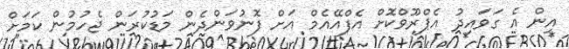
އިން އެ ގަވައިދު އެޕްރޫވްކޮށް އެފްއޭއެމް އަަށް ފޮނުވަންދެން މަޑުކުރަން ޖެހުމުން ކަމަށް